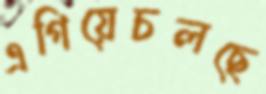
এগিয়েচলছে